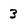
Character: 3